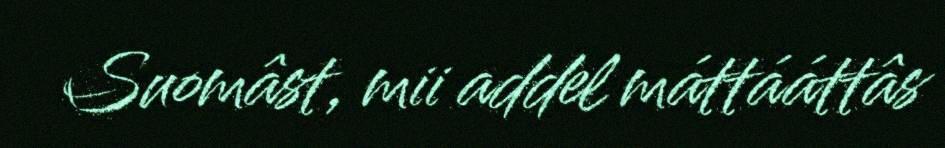
Suomâst, mii addel máttááttâs